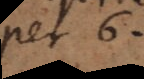
et 6.